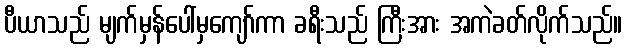
ပီယာသည် မျက်မှန်ပေါ်မှကျော်ကာ ခရီးသည် ကြီးအား အကဲခတ်လိုက်သည်။